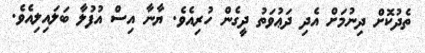
ތެދުކޮށް ދިނުމަށް އެދި ދަޢުވަތު ދީގެން ހުރިއެވެ. ޔާނާ އިސް އުފުލާ ބަލައިލިއެވެ.